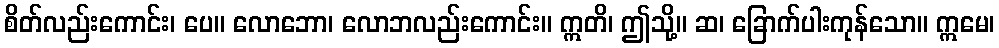
စိတ်လည်းကောင်း၊ ပေ။ လောဘော၊ လောဘလည်းကောင်း။ ဣတိ၊ ဤသို့။ ဆ၊ ခြောက်ပါးကုန်သော။ ဣမေ၊